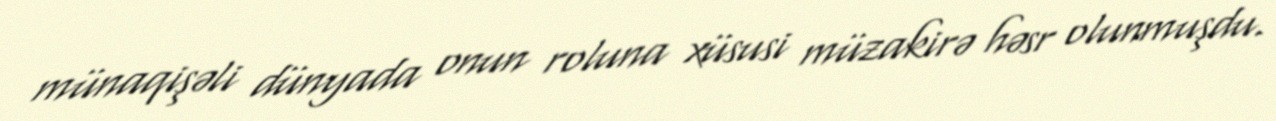
münaqişəli dünyada onun roluna xüsusi müzakirə həsr olunmuşdu.